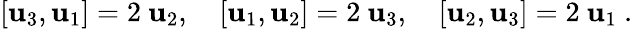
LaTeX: \left[\mathbf{u}_{3},\mathbf{u}_{1}\right]=2\ \mathbf{u}_{2},\quad\left[\mathbf{u}_{1},\mathbf{u}_{2}\right]=2\ \mathbf{u}_{3},\quad\left[\mathbf{u}_{2},\mathbf{u}_{3}\right]=2\ \mathbf{u}_{1}~.